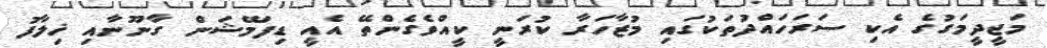
މަޖީދީމަގުގެ އެކި ސަރަހައްދުތަކުގައި މުޒާހަރާ ކުރަނީ ކީއްވެގެންތޭ އެއީ ޑިފަމޭޝަން ގާނޫނާއި ޚިލާފު